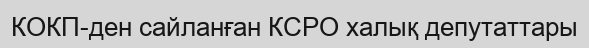
КОКП-ден сайланған КСРО халық депутаттары